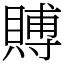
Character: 賻